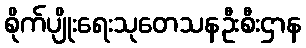
စိုက်ပျိုးရေးသုတေသနဦးစီးဌာန